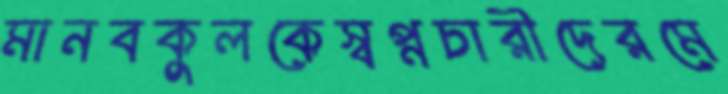
মানবকুলকেস্বপ্নচারীদেরমে